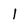
Character: l